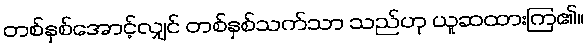
တစ်နှစ်အောင့်လျှင် တစ်နှစ်သက်သာ သည်ဟု ယူဆထားကြ၏။